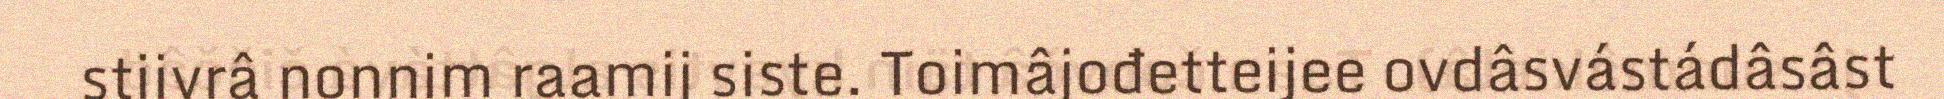
stiivrâ nonnim raamij siste. Toimâjođetteijee ovdâsvástádâsâst